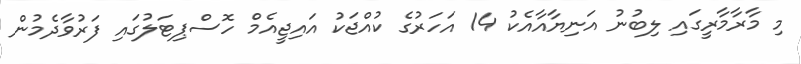
މި މާރާމާރީގައި ލިބުނު އަނިޔާއާއެކު 14 އަހަރުގެ ކުއްޖަކު އައިޖީއެމް ހޮސްޕިޓަލުގައި ފަރުވާދެމުން